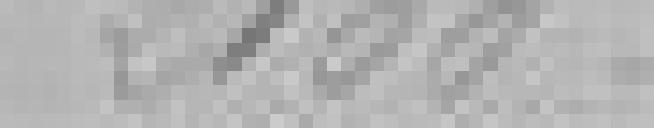
2100